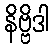
နိဗ္ဗိဒါ